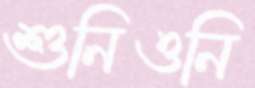
শুনিওনি